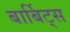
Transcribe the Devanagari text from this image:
बार्बिट्स